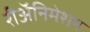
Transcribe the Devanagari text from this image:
रीअॅनिमेशन